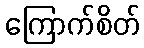
ကြောက်စိတ်